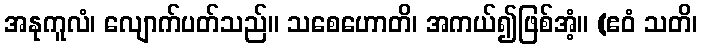
အနုကူလံ၊ လျောက်ပတ်သည်။ သစေဟောတိ၊ အကယ်၍ဖြစ်အံ့။ (ဧဝံ သတိ၊